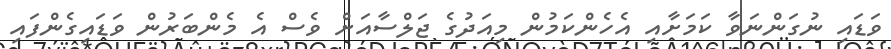
ވަޑައި ނުގަންނަވާ ކަމަށާއި އެހެންކަމުން މިއަދުގެ ޖަލްސާއަށް ވެސް އެ މެންބަރުން ވަޑައިގެންފައި